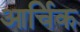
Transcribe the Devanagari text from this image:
आर्चिक